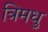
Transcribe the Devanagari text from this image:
त्रिमधु